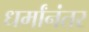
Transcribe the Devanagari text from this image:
धर्मांनंतर